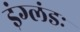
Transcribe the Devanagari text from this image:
इंग्लंडः